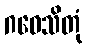
ဂဝေသိတုံ